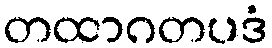
တထာဂတပဒံ